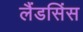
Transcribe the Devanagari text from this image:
लैंडसिंस